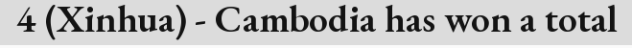
4 (Xinhua) - Cambodia has won a total